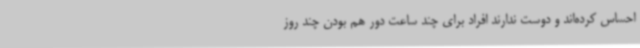
احساس کرده‌اند و دوست ندارند افراد برای چند ساعت دور هم بودن چند روز